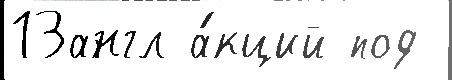
13англ а́кций под